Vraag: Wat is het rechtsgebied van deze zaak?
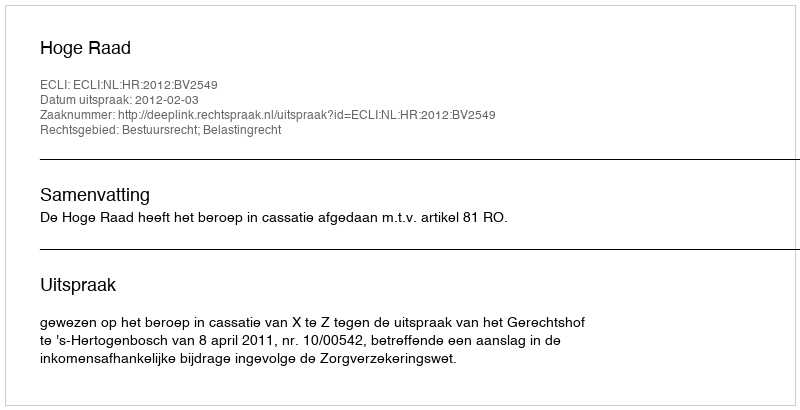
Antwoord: Bestuursrecht; Belastingrecht